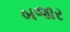
બજાર